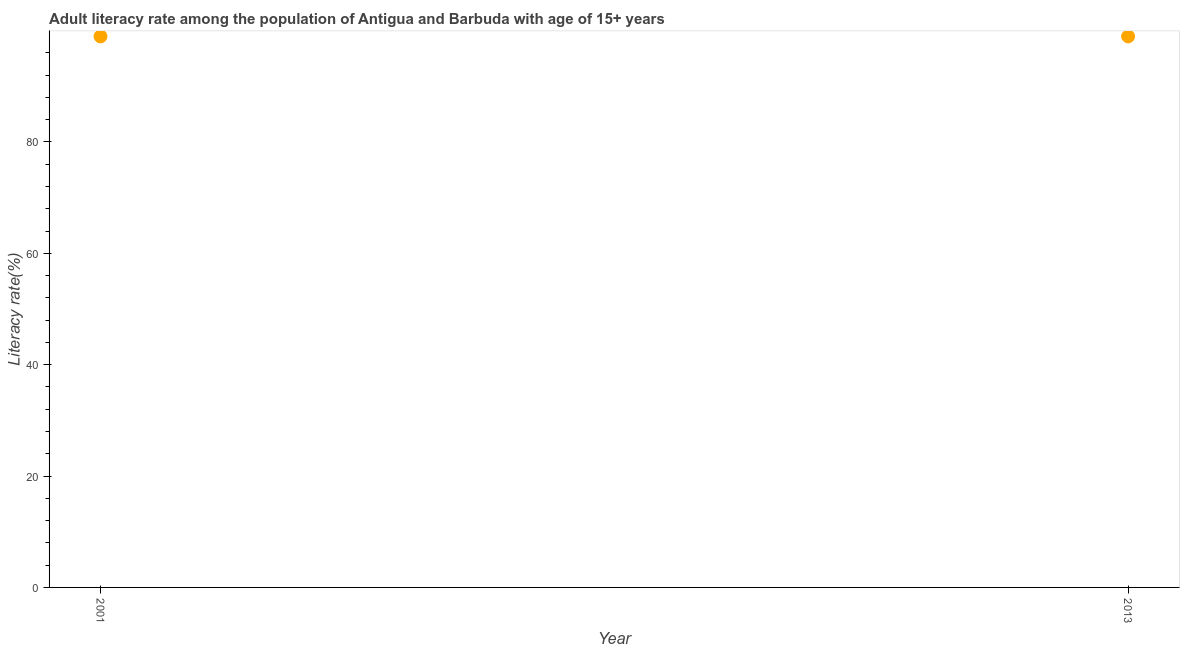
| Year | Adult literacy rate |
 | --- | --- |
 | 2001 | 98.9 |
 | 2013 | 98.9 |